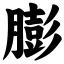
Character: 膨